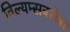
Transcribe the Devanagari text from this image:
विल्यम्सबरोबर